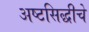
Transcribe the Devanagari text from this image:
अष्टसिद्धीचे